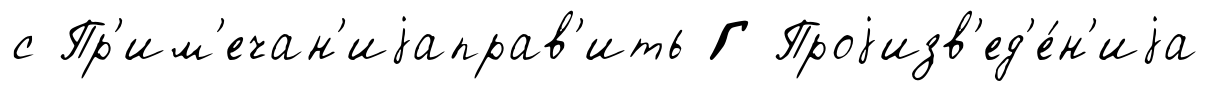
с Пр'им'ечан'иjаправ'ить Г Проjизв'ед'е́н'иjа